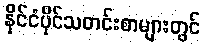
နိုင်ငံပိုင်သတင်းစာများတွင်